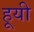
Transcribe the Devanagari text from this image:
हूयी